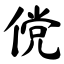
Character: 傥